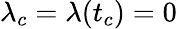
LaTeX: \lambda_{c}=\lambda(t_{c})=0